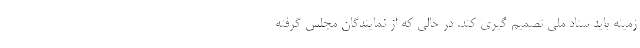
زمینه باید ستاد ملی تصمیم گیری کند. در حالی که از نمایندگان مجلس گرفته